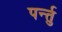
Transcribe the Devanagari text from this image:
पर्न्तु